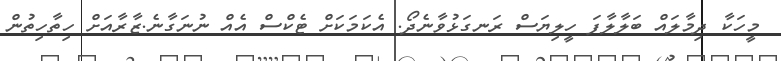
މީހަކާ ދިމާލައް ބަލާލާފަ ހީލިޔަސް ރަނގަޅުވާނެދޯ. އެކަމަކަށް ޓެކްސް އެއް ނުނަގާނެ.ޒާރާއަށް ހިތާހިތުން